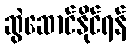
ဆွဲဆောင်နိုင်ရန်